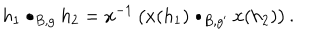
h _ { 1 } \bullet _ { B , g } h _ { 2 } = x ^ { - 1 } \left( x ( h _ { 1 } ) \bullet _ { B , g ^ { \prime } } x ( h _ { 2 } ) \right) .